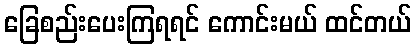
ခြေစည်းပေးကြရရင် ကောင်းမယ် ထင်တယ်